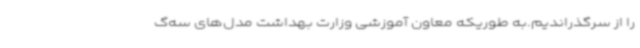
را از سرگذراندیم.به طوریکه معاون آموزشی وزارت بهداشت مدل‌های سه‌گ